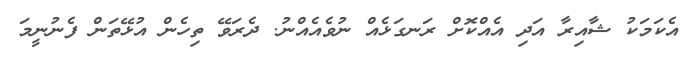
އެކަމަކު ޝާއިރާ އަދި އެއްކޮށް ރަނގަޅެއް ނުވެއެއްނު. ދެރަވޭ ތިހެން އުޅޭތަން ފެނުނީމަ